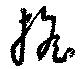
擔